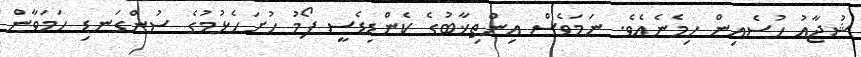
ޝުޖާއު ހުސެއިން ހިމެނެއެވެ. ނަމަވެސް އިންތިޚާބުގެ ކެންޑިޑެސީ ފޯމު ހުށަހެޅުމުގެ ސުންގަނޑި ހަމަވާން